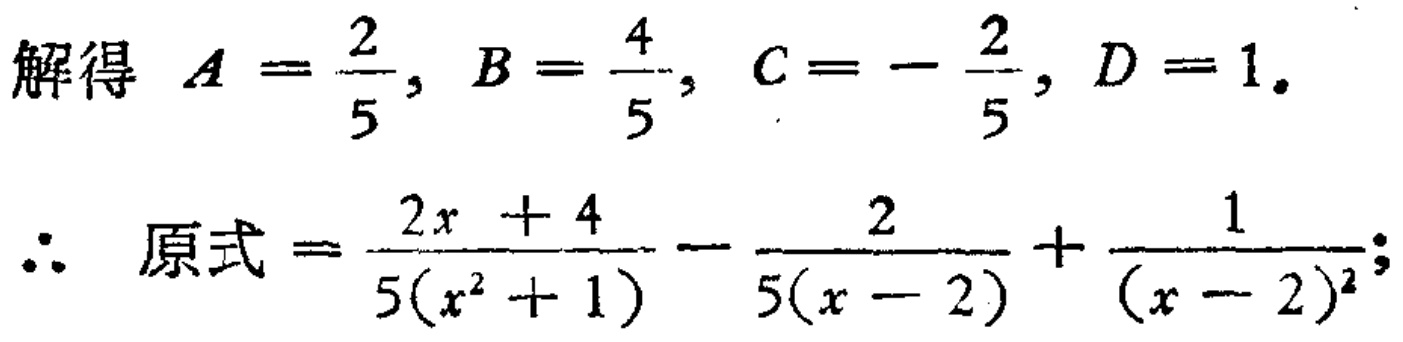
解得 \(A = \frac{2}{5}, B = \frac{4}{5}, C = - \frac{2}{5}, D = 1.\)

\(\therefore\) 原式 \(= \frac{2x + 4}{5(x^{2} + 1)} - \frac{2}{5(x - 2)} + \frac{1}{(x - 2)^{2}};\)